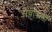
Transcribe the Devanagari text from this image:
सेवाकर्मी